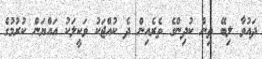
ދައުވާ ލިބޭ ތިން ކުދިންގެ ތެރެއިން ދެ ކުއްޖަކު ވަކީލަކު އައްޔަން ކުރުމުގެ